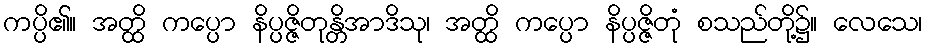
ကပ္ပိ၏။ အတ္ထိ ကပ္ပော နိပ္ပဇ္ဇိတုန္တိအာဒိသု၊ အတ္ထိ ကပ္ပော နိပ္ပဇ္ဇိတုံ စသည်တို့၌။ လေသေ၊